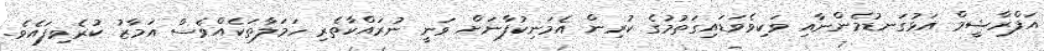
އަފްރާޝީމް އަޅުގަނޑުމެންނާއި ވަކިވެވަޑައިގަތުމުގެ ކުރިން އެމަނިކުފާނަށް ވަނީ ނުރައްކާތެރި ހަމަލާތަކެއްވެސް އަމާޒު ކުރެވިފައެވެ.